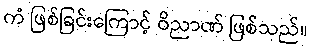
ကံ ဖြစ်ခြင်းကြောင့် ဝိညာဏ် ဖြစ်သည်။